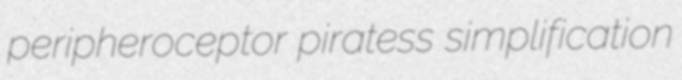
peripheroceptor piratess simplification